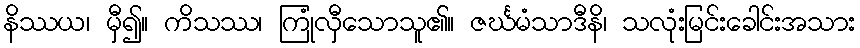
နိဿယ၊ မှီ၍။ ကိသဿ၊ ကြုံလှီသောသူ၏။ ဇင်္ဃမံသာဒီနိ၊ သလုံးမြင်းခေါင်းအသား